Annual report of the Punjab Veterinary College and of the Civil Veterinary Department, Punjab - 1920-1925
Year: 1920
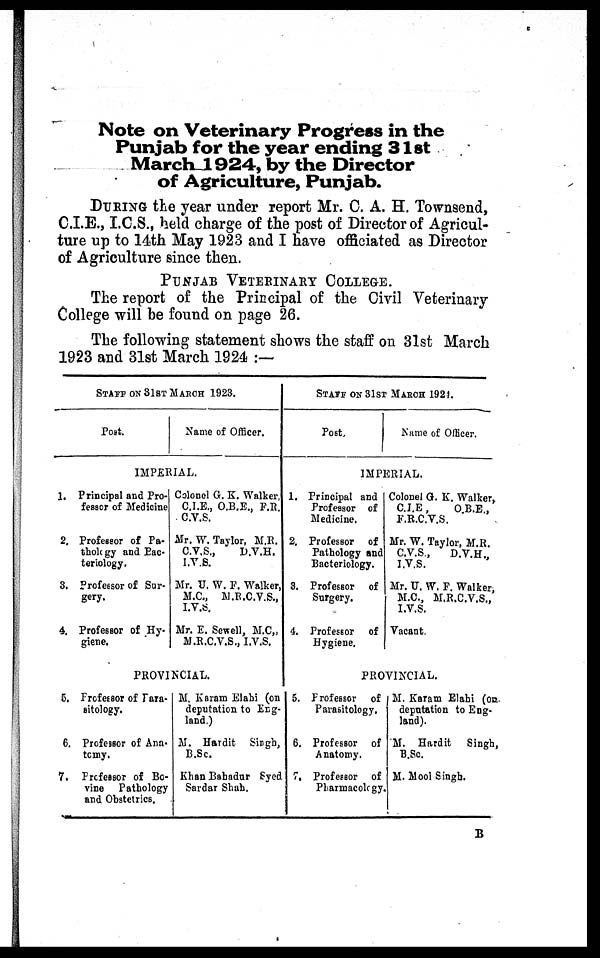
Note on Veterinary Progress in the
Punjab for the year ending 31st
March 1924, by the Director
of Agriculture, Punjab.
DURING the year under report Mr. C. A. H. Townsend,
C.I.E., I.C.S., held charge of the post of Director of Agricul-
ture up to 14th May 1923 and I have officiated as Director
of Agriculture since then.
PUNJAB VETERINARY COLLEGE.
The report of the Principal of the Civil Veterinary
College will be found on page 26.
The following statement shows the staff on 31st March
1923 and 31st March 1924:—
STAFF ON 31st MARCH 1923.
Post.
Name of Officer.
IMPERIAL.
1. Principal and Pro-
fessor of Medicine
2. Professor of Pa-
thology and Bac-
teriology.
3. professor of Sur-
gery.
4. Professor of Hy-
giene.
Colonel G. K. Walker,
C.I.E., O.B.E., F.R.
C.V.S.
Mr. W. Taylor, M.R.
C.V.S.,
D.V.H.
I.V.S.
Mr. U. W. F. Walker,
M.C., M.B.C.V.S.,
I.V.S.
Mr. E. Sewell, M.C,
M.R.C.V.S., I.V.S.
PROVINCIAL.
5. Professor of Para-
sitology.
6. Professor of Ana-
tomy.
7. Professor of Bo-
vine
Pathology
and Obstetrics.
M. Karam Elahi (on
deputation to Eng-
land.)
M. Hardit
Singh,
B.Sc.
Khan Bahadur Syed
Sardar Shah.
STAFF ON 31st MARCH 1924.
Post.
Name of Officer.
IMPERIAL.
1. Principal and
Professor of
Medicine.
2. Professor of
Pathology and
Bacteriology.
3. Professor of
Surgery.
4. Professor of
Hygiene.
Colonel G. K. Walker,
C.I.E ,
O.B.E.,
F.R.C.V.S.
Mr. W. Taylor, M.R.
C.V.S.,
D.V.H.,
I.V.S.
Mr. U. W. F. Walker,
M.C., M.R.C.V.S.,
I.V.S.
Vacant.
PROVINCIAL.
5. Professor
of
Parasitology.
6. Professor of
Anatomy.
7. Professor of
Pharmacology.
M. Karam Elahi (on-
deputation to Eng-
land).
M. Hardit
Singh,
B.Sc.
M. Mool Singh.
B